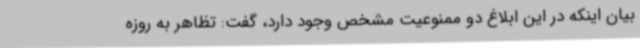
بیان اینکه در این ابلاغ دو ممنوعیت مشخص وجود دارد، گفت: تظاهر به روزه